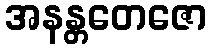
အနန္တတေဇော